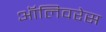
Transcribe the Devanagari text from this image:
ऑलिवरेस